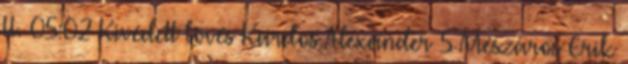
II. 05:02 Kivédett lövés Kardos Alexander 5 Mészáros Erik